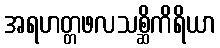
အရဟတ္တဖလသစ္ဆိကိရိယာ